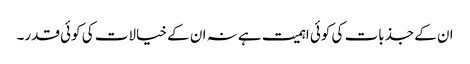
ان کے جذبات کی کوئی اہمیت ہے نہ ان کے خیالات کی کوئی قدر۔